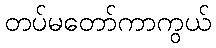
တပ်မတော်ကာကွယ်